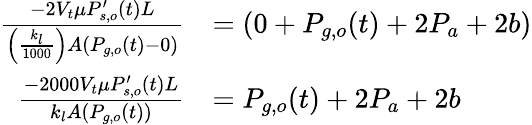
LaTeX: \begin{array}{rl}{\frac{-2V_{t}\mu P_{s,o}^{\prime}(t)L}{\left(\frac{k_{l}}{1000}\right)A(P_{g,o}(t)-0)}}&{=(0+P_{g,o}(t)+2P_{a}+2b)}\\ {\frac{-2000V_{t}\mu P_{s,o}^{\prime}(t)L}{k_{l}A(P_{g,o}(t))}}&{=P_{g,o}(t)+2P_{a}+2b}\end{array}